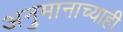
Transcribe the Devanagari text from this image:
अनुमानाच्याही